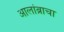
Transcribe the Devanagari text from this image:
आलांब्राचा